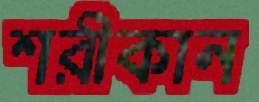
শরীকান